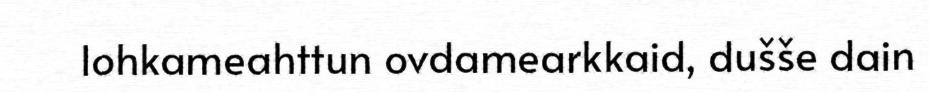
lohkameahttun ovdamearkkaid, dušše dain